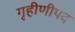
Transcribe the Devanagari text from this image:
गृहीणीपद